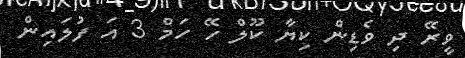
ވީރޭ ދި ވެޑިން ކިޔާ ކޫލް ހޭ ހަމް 3 އަ ފުލައިން